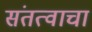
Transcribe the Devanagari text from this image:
संतत्वाचा